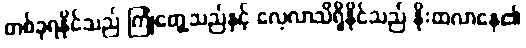
တစ်ခုရနိုင်သည် ကြုံတွေ့သည်နှင့် လေ့လာသိရှိနိုင်သည် နိုးထလာနေ၏